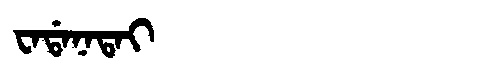
Manchu: ᠸᠠᡩᠠᠨᠠᡨᠠᡳ
Romanization: WADANATAI